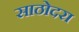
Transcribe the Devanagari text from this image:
साठोदरा